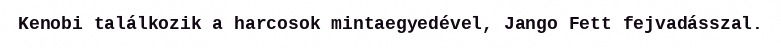
Kenobi találkozik a harcosok mintaegyedével, Jango Fett fejvadásszal.